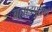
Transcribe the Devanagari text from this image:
ब्रह्मांडपुराणे